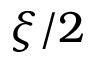
\xi / 2